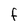
Character: F